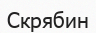
Скрябин